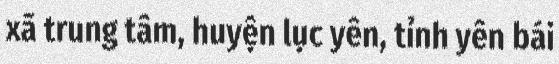
xã trung tâm, huyện lục yên, tỉnh yên bái